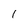
Character: 1